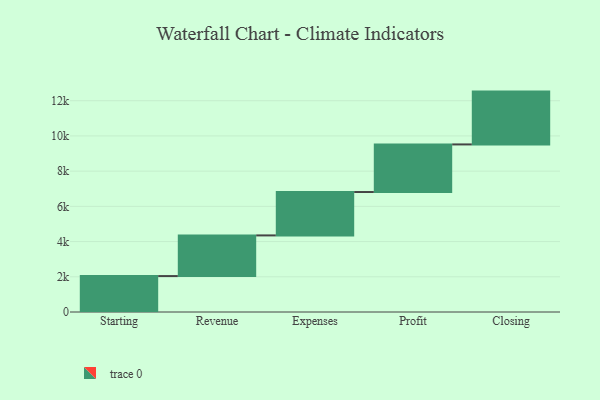
{"axis": {"x": "Step", "y": "Value"}, "legend": [""], "data": [{"x": "Starting", "y": 2040.0, "type": ""}, {"x": "Revenue", "y": 2310.0, "type": ""}, {"x": "Expenses", "y": 2464.0, "type": ""}, {"x": "Profit", "y": 2704.0, "type": ""}, {"x": "Closing", "y": 3000, "type": ""}]}